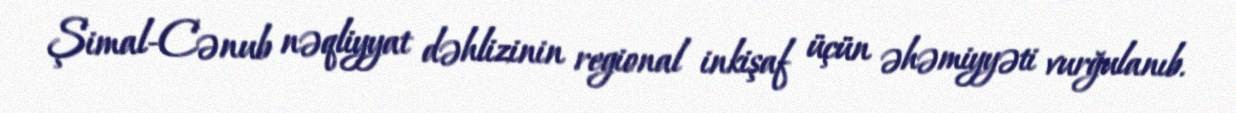
Şimal-Cənub nəqliyyat dəhlizinin regional inkişaf üçün əhəmiyyəti vurğulanıb.